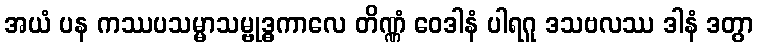
အယံ ပန ကဿပသမ္မာသမ္ဗုဒ္ဓကာလေ တိဏ္ဏံ ဝေဒါနံ ပါရဂူ ဒသဗလဿ ဒါနံ ဒတွာ